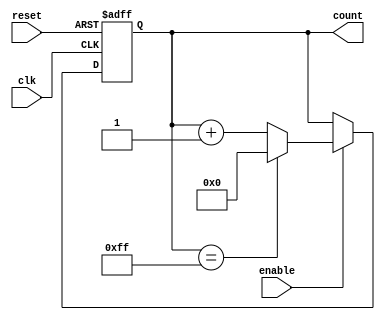
module ParameterizedCounter #(
    parameter WIDTH = 8,           // Width of the counter in bits
    parameter MAX_VALUE = (1 << WIDTH) - 1, // Maximum count value
    parameter COUNT_DIRECTION = 1, // 1 for Up, 0 for Down
    parameter ASYNC_RESET = 0      // 1 for asynchronous reset, 0 for synchronous
)(
    input wire clk,                // Clock input
    input wire reset,              // Reset input
    input wire enable,             // Enable input
    output reg [WIDTH-1:0] count   // Count output
);
    
    // Synchronous reset behavior
    always @(posedge clk or posedge reset) begin
        if (reset) begin
            count <= 0; // Reset count to 0
        end else if (enable) begin
            if (COUNT_DIRECTION) begin // Counting Up
                if (count == MAX_VALUE) begin
                    count <= 0; // Overflow, reset to 0
                end else begin
                    count <= count + 1; // Increment count
                end
            end else begin // Counting Down
                if (count == 0) begin
                    count <= MAX_VALUE; // Underflow, wrap to MAX_VALUE
                end else begin
                    count <= count - 1; // Decrement count
                end
            end
        end
    end

endmodule